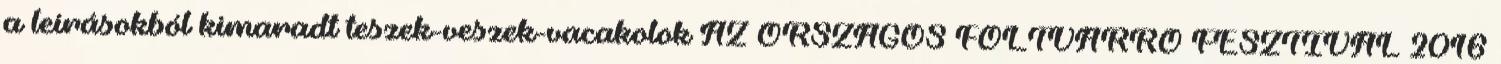
a leírásokból kimaradt teszek-veszek-vacakolok AZ ORSZÁGOS FOLTVARRÓ FESZTIVÁL 2016